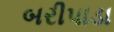
બરીપાડા